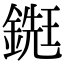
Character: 𨪹